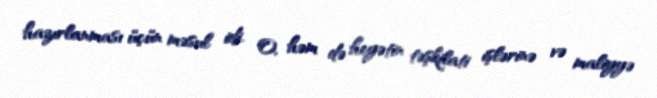
hazırlanması üçün məsul idi. O, həm də heyətin təşkilati işlərinə və maliyyə